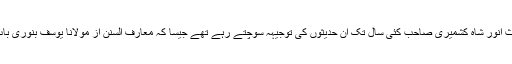
جبکہ شیخ الحدیث انور شاہ کشمیری صاحب کئی سال تک ان حدیثوں کی توجیہہ سوچتے رہے تھے جیسا کہ معارف السنن از مولانا یوسف بنوری باب الوتر میں ہے۔